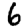
Digit: 6